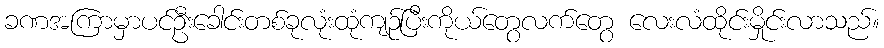
ခဏအကြာမှာပင်ဦးခေါင်းတစ်ခုလုံးထုံကျဉ်ပြီးကိုယ်တွေလက်တွေ လေးလံထိုင်းမှိုင်းလာသည်။